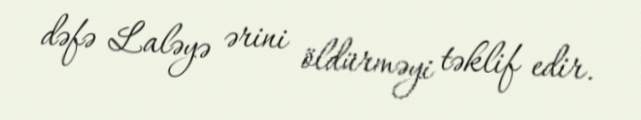
dəfə Laləyə ərini öldürməyi təklif edir.